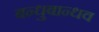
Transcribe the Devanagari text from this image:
बन्धुबान्धव